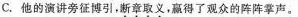
C.他的演讲旁征博引，断章取义，赢得了观众的阵阵掌声。